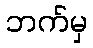
ဘက်မှ